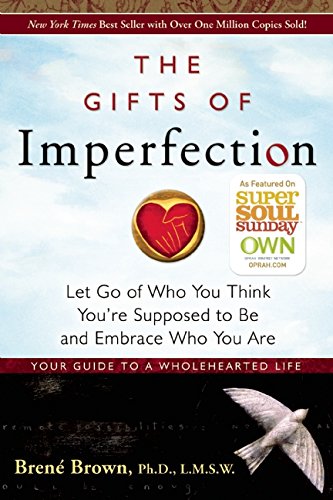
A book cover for The Gifts of Imperfection: Let Go of Who You Think You're Supposed to Be and Embrace Who You Are; Brene Brown; Self-Help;